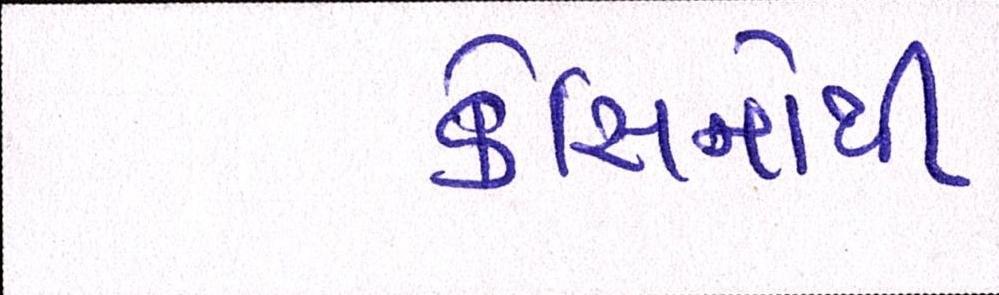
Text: કેસિનોથી